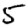
Digit: 5